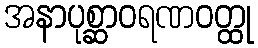
အနာပုစ္ဆာဝရဏဝတ္ထု